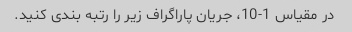
در مقیاس 1-10، جریان پاراگراف زیر را رتبه بندی کنید.